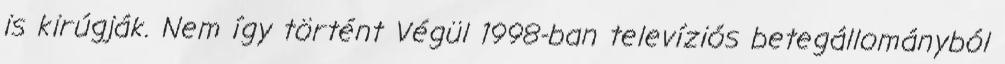
is kirúgják. Nem így történt Végül 1998-ban televíziós be­tegállományból